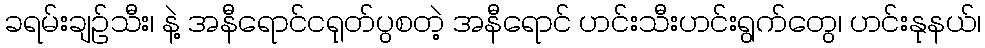
ခရမ်းချဉ်သီး၊ နဲ့ အနီရောင်ငရုတ်ပွစတဲ့ အနီရောင် ဟင်းသီးဟင်းရွက်တွေ၊ ဟင်းနုနယ်၊